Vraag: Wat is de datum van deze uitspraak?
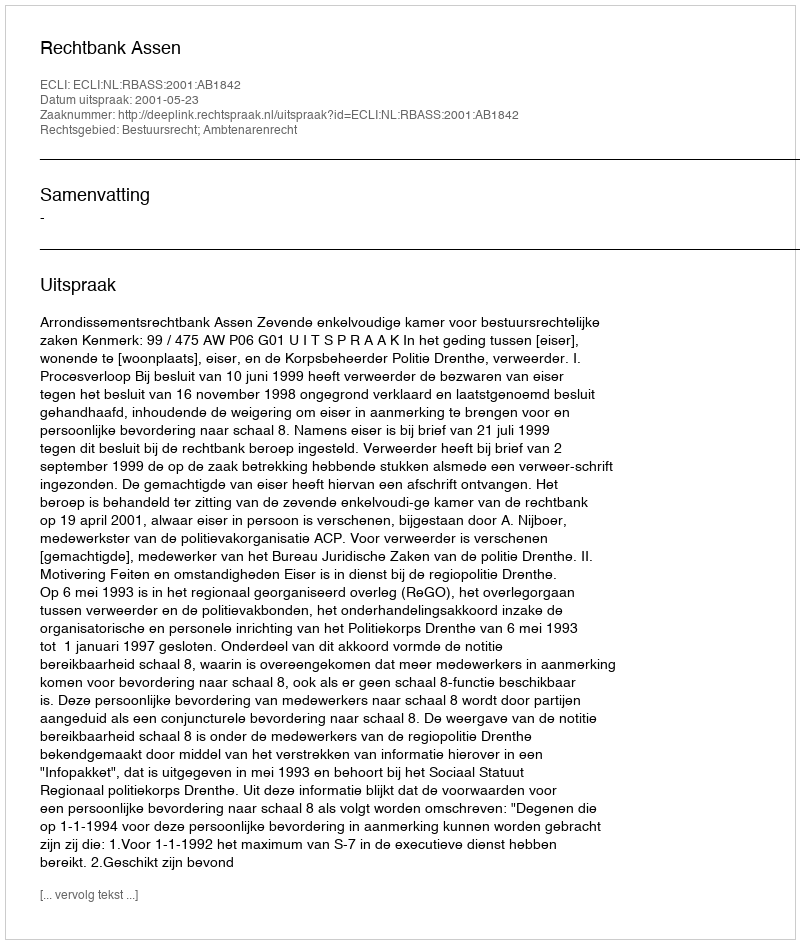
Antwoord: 2001-05-23